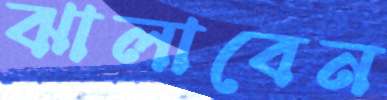
ঝালাবেন